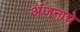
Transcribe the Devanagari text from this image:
अंजनाचे